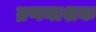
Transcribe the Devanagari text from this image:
ब्रणनाशक